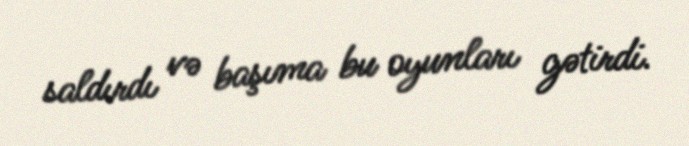
saldırdı və başıma bu oyunları gətirdi.